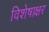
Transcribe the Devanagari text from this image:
विशेषाक्षर